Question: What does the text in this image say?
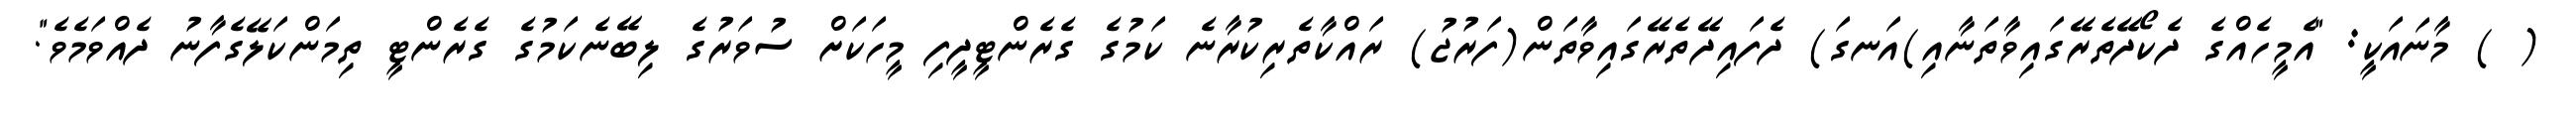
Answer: ( ) މާނައަކީ: "އެމީހެއްގެ ދެކޯދޭތެރޭގައިވާތަނާއި)އަނގަ) ދެފައިދޭތެރޭގައިވާތަން(ފަރުޖު) ރައްކާތެރިކުރާނެ ކަމުގެ ގެރެންޓީދީފި މީހަކަށް ސުވަރުގެ ލިބޭނެކަމުގެ ގެރެންޓީ ތިމަންކަލޭގެފާނު ދެއްވަމެވެ".